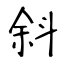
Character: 斜